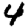
Digit: 4